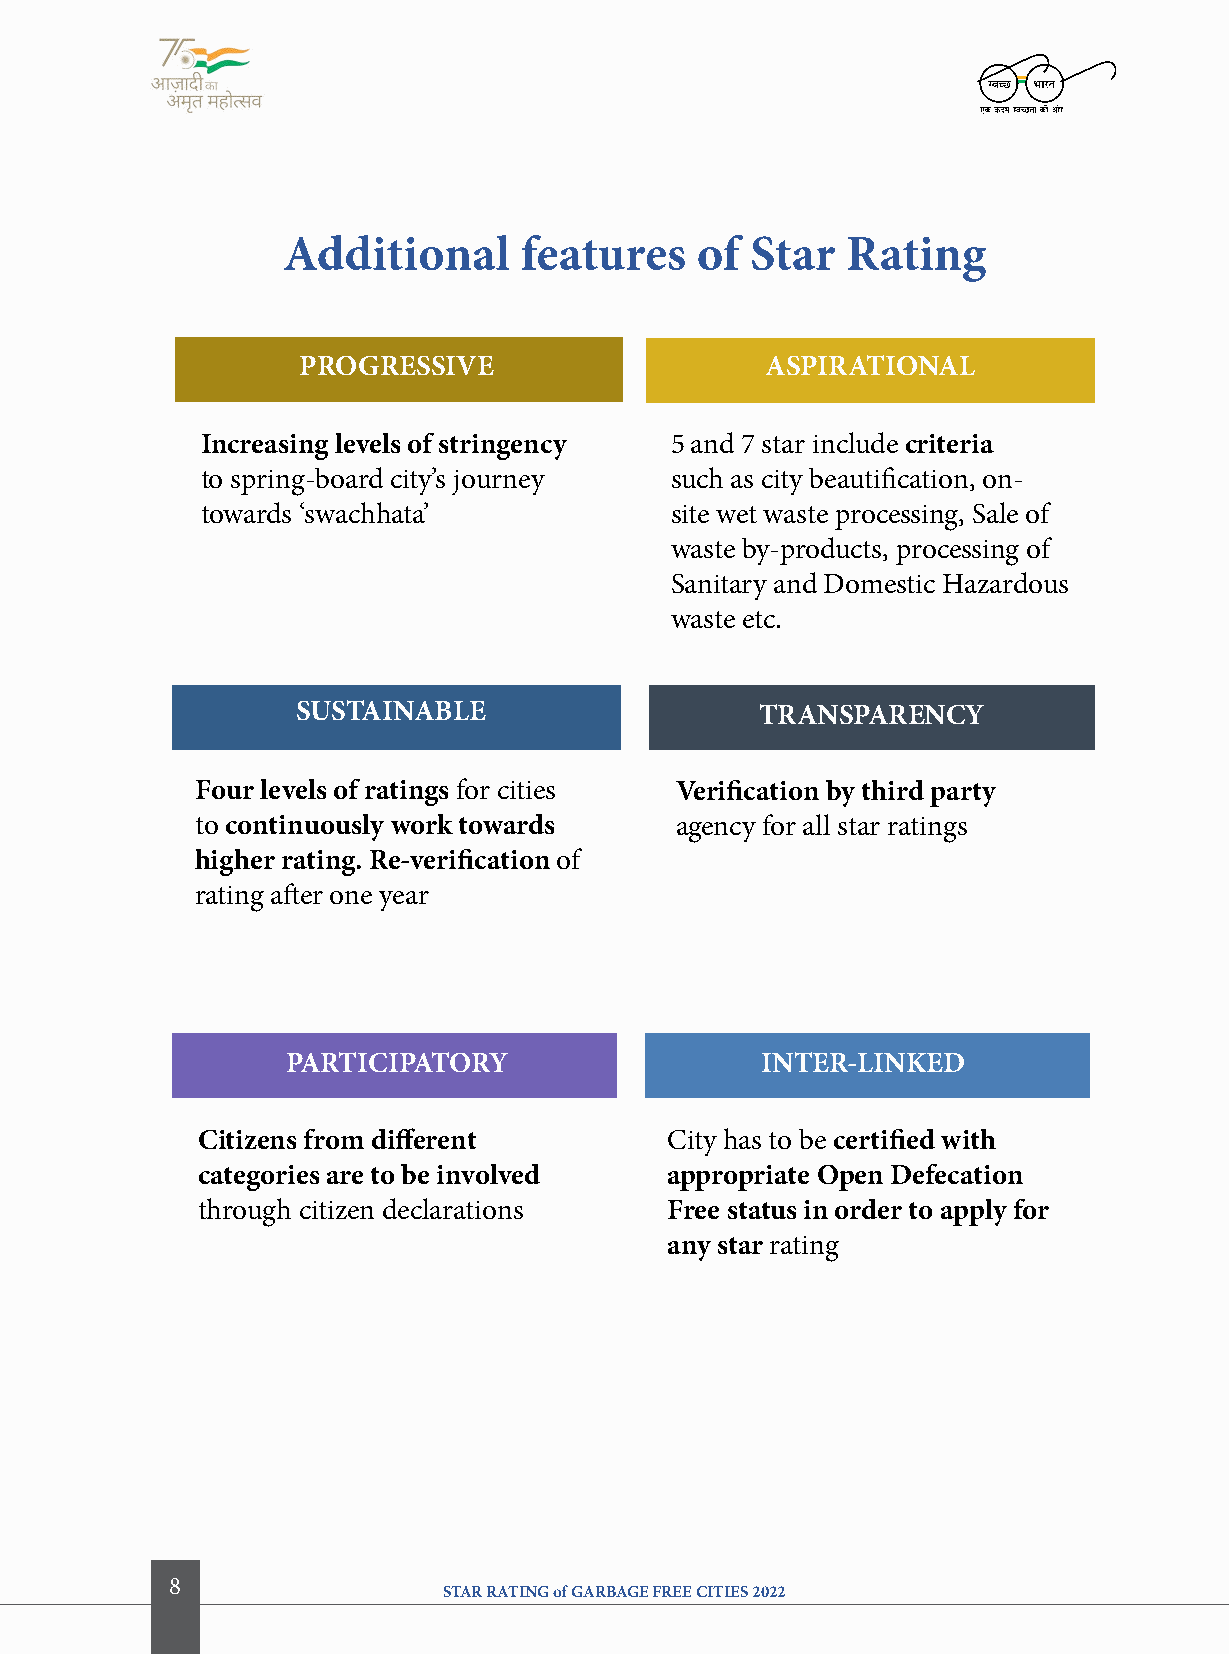
additional     features    of  Star  rating
 ProgreSSiVe                    aSPiratioNal
 increasing levels of stringency 5 and 7 star include criteria
 to spring-board city’s journey such as city beautification, on-
 towards ‘swachhata’            site wet waste processing, Sale of
 waste by-products, processing of
 Sanitary and Domestic Hazardous
 waste etc.
 SUStaiNaBle                   traNSPareNcy
 four levels of ratings for cities Verification by third party
 to continuously work towards    agency for all star ratings
 higher rating. re-verification of
 rating after one year
 ParticiPatory                  iNter-liNKeD
 citizens from different        City has to be certified with
 categories are to be involved  appropriate open Defecation
 through citizen declarations   free status in order to apply for
 any star rating
 8
 STAR RATING of GARBAGE FREE CITIES 2022